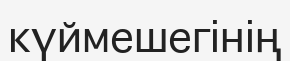
күймешегінің